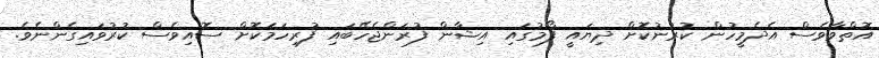
އޮތްވާވެސް އެދެމީހުން ކުރުނުކޮށް ދިޔައީ ފޯމުގައި އިޝާން ފުރަންޖެހޭބައި ފުރިހަމަކޮށް ސޮއިވެސް ކުރުވައިގެންނެވެ.